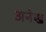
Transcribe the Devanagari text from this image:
अनेख